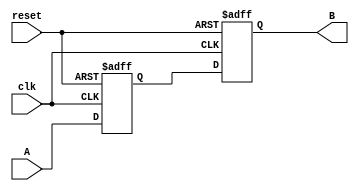
module Delay #(
    parameter DELAY_TIME = 10  // Delay time in time units (e.g., nanoseconds)
)(
    input wire clk,             // Clock input for synchronization
    input wire reset,           // Reset input
    input wire A,               // Input signal
    output reg B                // Output signal
);

    // Internal signal to hold the delayed value
    reg A_delayed;

    // Always block to handle the reset and delay logic
    always @(posedge clk or posedge reset) begin
        if (reset) begin
            B <= 1'b0;           // Set output to low on reset
            A_delayed <= 1'b0;   // Reset the delayed signal
        end else begin
            // Capture the input signal A at the rising edge of the clock
            A_delayed <= A;
            // Delay the output signal B by DELAY_TIME clock cycles
            B <= A_delayed;
        end
    end

endmodule